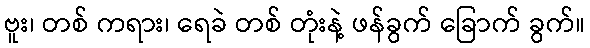
ဗူး၊ တစ် ကရား၊ ရေခဲ တစ် တုံးနဲ့ ဖန်ခွက် ခြောက် ခွက်။